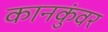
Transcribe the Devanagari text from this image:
कानकुंवर